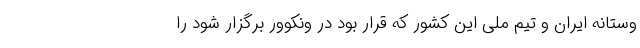
وستانه ایران و تیم ملی این کشور که قرار بود در ونکوور برگزار شود را